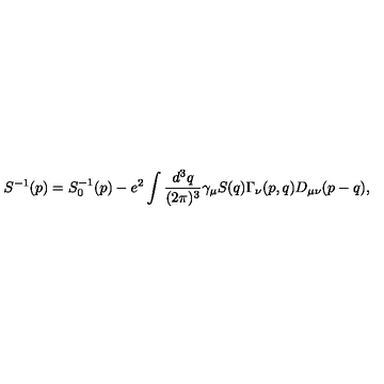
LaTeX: S ^ { - 1 } ( p ) = S _ { 0 } ^ { - 1 } ( p ) - e ^ { 2 } \int \frac { d ^ { 3 } q } { ( 2 \pi ) ^ { 3 } } \gamma _ { \mu } S ( q ) \Gamma _ { \nu } ( p , q ) D _ { \mu \nu } ( p - q ) ,